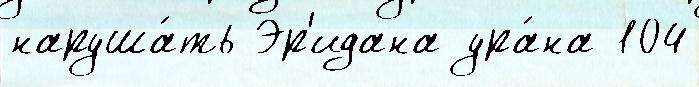
наруша́ть Эр'идана ура́на 104